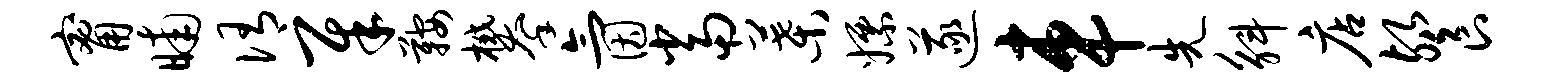
甯晡侑犀鞍攀氤当叶嫖遂车先斛店餐